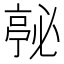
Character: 𭞇